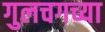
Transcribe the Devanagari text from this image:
गुलचगच्या